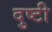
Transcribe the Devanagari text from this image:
दुष्टी